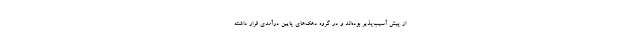
از پیش آسیب‌پذیر بوده‌اند و در گروه دهک‌های پایین درآمدی قرار داشته